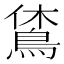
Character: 𪀪